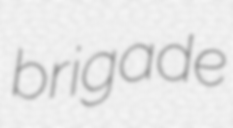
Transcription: brigade